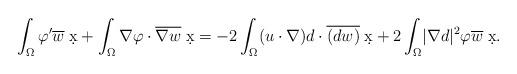
LaTeX: \begin{align*} \int_{\Omega} \varphi^{\prime} \overline{w} \; \d x + \int_{\Omega} \nabla \varphi \cdot \overline{\nabla w} \; \d x = - 2 \int_{\Omega} (u \cdot \nabla) d \cdot \overline{(d w)} \; \d x + 2 \int_{\Omega} \lvert \nabla d \rvert^2 \varphi \overline{w} \; \d x.\end{align*}